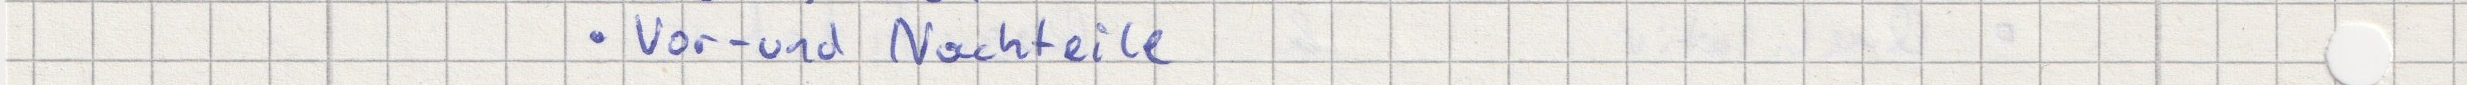
- Vor- und Nachteile